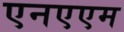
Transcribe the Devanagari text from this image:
एनएएम